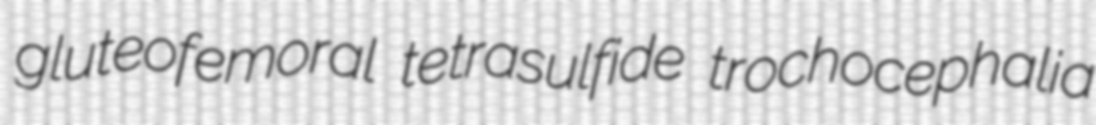
gluteofemoral tetrasulfide trochocephalia